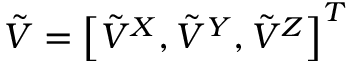
\boldsymbol { \Tilde { V } } = \left[ \Tilde { V } ^ { X } , \Tilde { V } ^ { Y } , \Tilde { V } ^ { Z } \right] ^ { T }